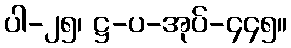
ပါ-၂၅၊ ဋ္ဌ-ပ-အုပ်-၄၄၅။